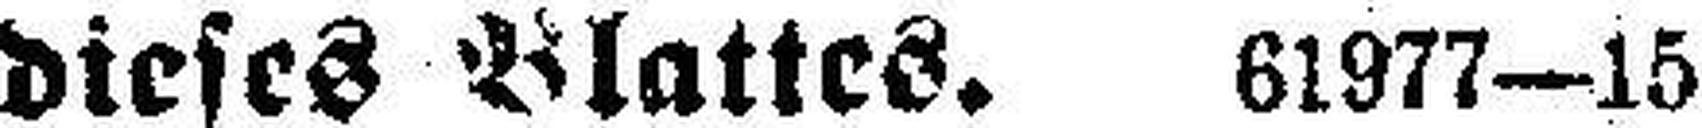
dieses Blattes. 61977—15